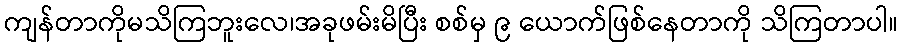
ကျန်တာကိုမသိကြဘူးလေ၊အခုဖမ်းမိပြီး စစ်မှ ၉ ယောက်ဖြစ်နေတာကို သိကြတာပါ။